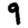
Digit: 9